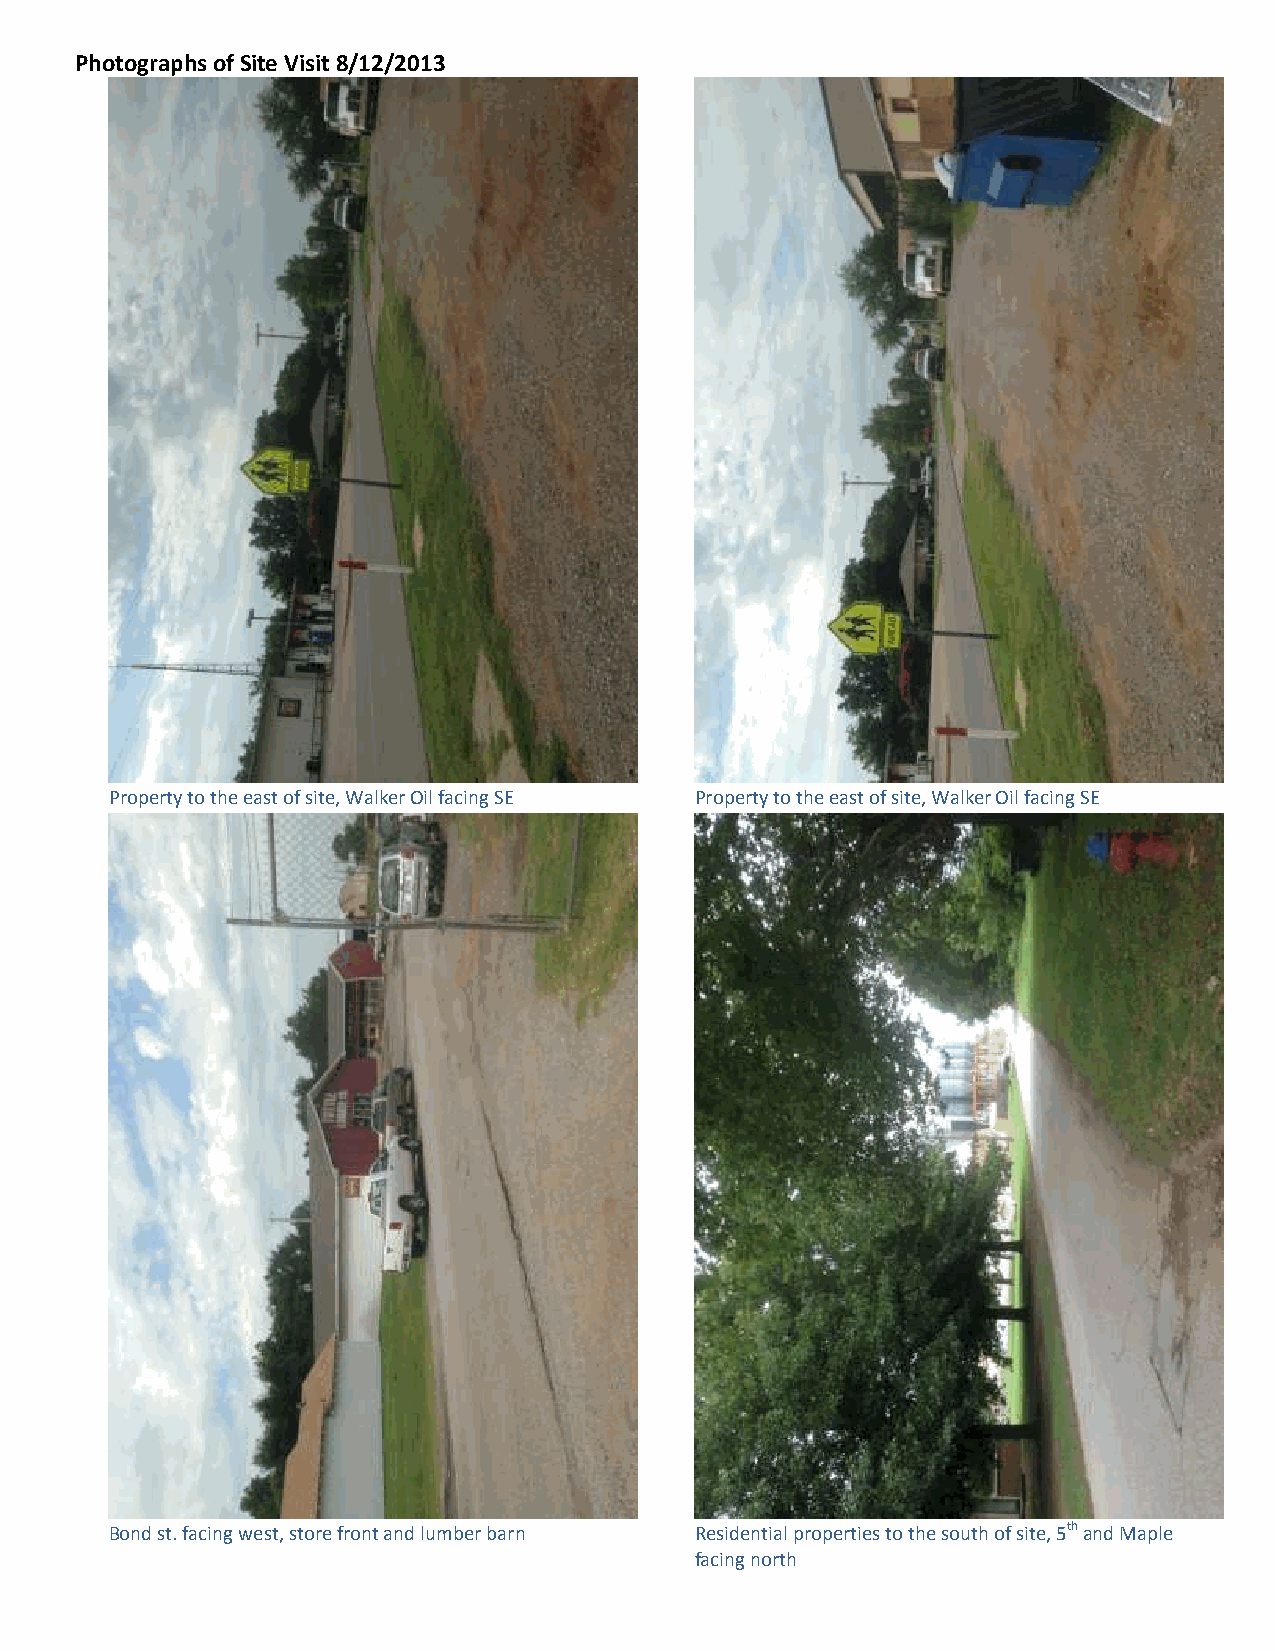
Photographs of Site Visit 8/12/2013
 Property to the east of site, Walker Oil facing SE Property to the east of site, Walker Oil facing SE
 Bond st. facing west, store front and lumber barn Residential properties to the south of site, 5th and Maple
 facing north